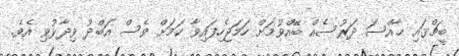
ބީޗްގައި ޚާއްސަ ދަރުސެއް ބޭއްވުމަށް ހަމަޖެހިފައިވާ ކަމަށް ވެސް އަބްދު ވިދާޅުވި އެވެ.